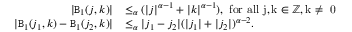
\begin{array} { r l } { | \mathtt { B } _ { 1 } ( j , k ) | } & { \le _ { \alpha } ( | j | ^ { \alpha - 1 } + | k | ^ { \alpha - 1 } ) , \mathrm { ~ f o r ~ a l l ~ j , k \in \mathbb { Z } , k \ne ~ 0 ~ } } \\ { | \mathtt { B } _ { 1 } ( j _ { 1 } , k ) - \mathtt { B } _ { 1 } ( j _ { 2 } , k ) | } & { \le _ { \alpha } | j _ { 1 } - j _ { 2 } | ( | j _ { 1 } | + | j _ { 2 } | ) ^ { \alpha - 2 } . } \end{array}